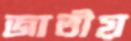
জাতীয়